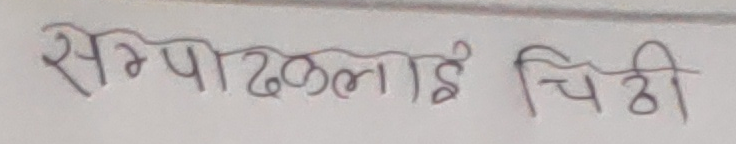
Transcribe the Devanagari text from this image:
सम्पादकलाई चिठी